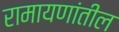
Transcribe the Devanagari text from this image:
रामायणांतील